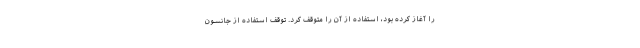
را آغاز کرده بود، استفاده از آن را متوقف کرد. توقف استفاده از جانسون